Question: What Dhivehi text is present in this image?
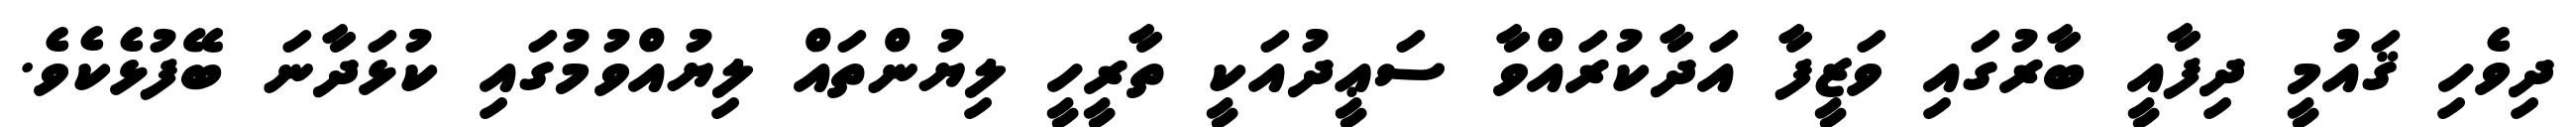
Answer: ދިވެހި ޤައުމީ ދިފާއީ ބާރުގައި ވަޒީފާ އަދާކުރައްވާ ސަޢީދުއަކީ ތާރީހީ ލިޔުންތައް ލިޔުއްވުމުގައި ކުޅަދާނަ ބޭފުޅެކެވެ.